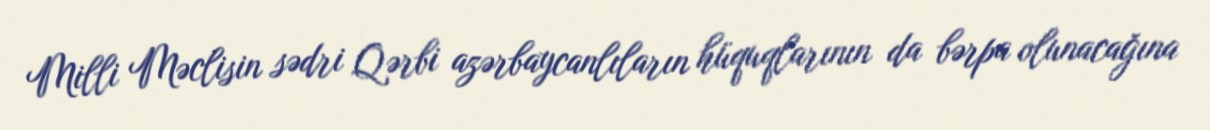
Milli Məclisin sədri Qərbi azərbaycanlıların hüquqlarının da bərpa olunacağına